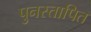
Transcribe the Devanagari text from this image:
पुनस्तापित